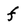
Character: f